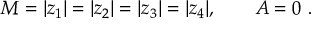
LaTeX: M = | z _ { 1 } | = | z _ { 2 } | = | z _ { 3 } | = | z _ { 4 } | , \qquad A = 0 \ .